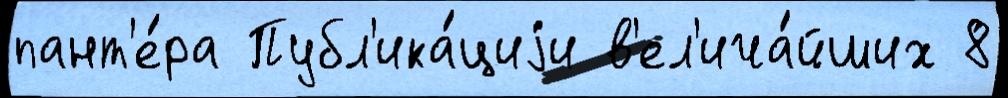
пант'е́ра Публ'ика́циjи в'ел'ича́йших 8